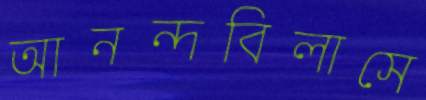
আনন্দবিলাসে